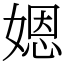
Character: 𡟯